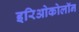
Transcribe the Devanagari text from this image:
इरिओकोलॉन